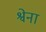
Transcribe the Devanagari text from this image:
श्वेना